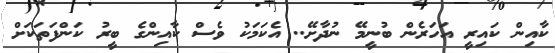
ކާއިން ކައިރީ އަހަރެން ބުނީމޭ ނުދާށޭ.. އެކަމަކު ވެސް ކާއިންގެ ބީރު ކަންފަތަކަށް